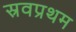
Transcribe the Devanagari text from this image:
स्रवप्रथम